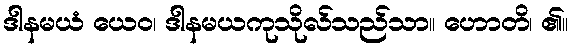
ဒါနမယံ ယေဝ၊ ဒါနမယကုသိုလ်သည်သာ။ ဟောတိ၊ ၏။